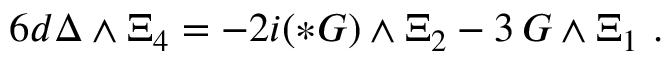
6 d \Delta \wedge \Xi _ { 4 } = - 2 i ( * G ) \wedge \Xi _ { 2 } - 3 \, G \wedge \Xi _ { 1 } \ .